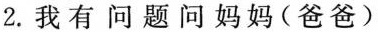
2.我有问题问妈妈(爸爸)